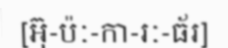
[អ៊ុ-ប៉ៈ-កា-រៈ-ធ័រ]